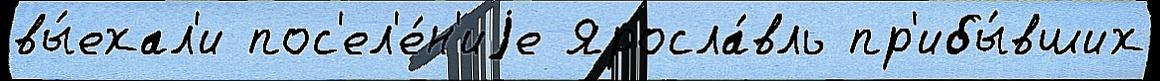
вы́ехал'и пос'ел'е́н'иjе Яросла́вль пр'ибы́вших